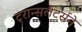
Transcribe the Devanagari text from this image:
ट्रान्सलेटर्सने